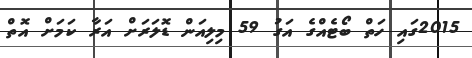
2015ގައި ހަތް ބޯޓެއްގެ އަގު 59 މިލިއަން ޑޮލަރަށް އަރާ ކަމަށް އޮތް